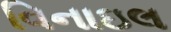
વિનાઇલ